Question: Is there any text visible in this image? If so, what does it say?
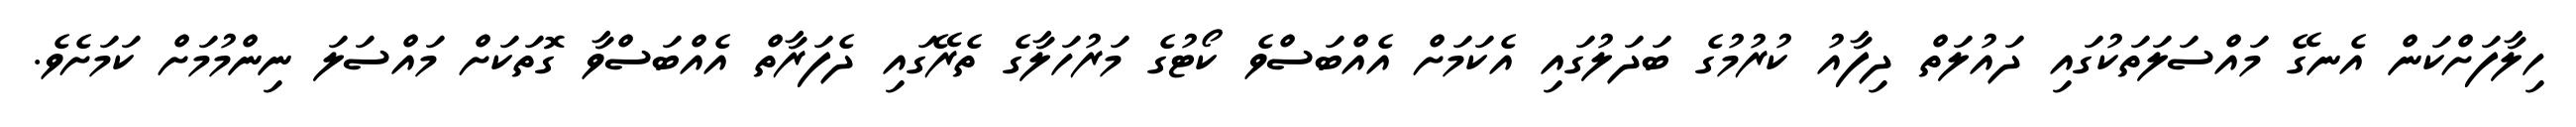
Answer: ހިލާފަށްކަން އެނގޭ މައްސަލަތަކުގައި ދައުލަތް ދިފާއު ކުރުމުގެ ބަދަލުގައި އެކަމަށް އެއްބަސްވެ ކޯޓުގެ މަރުހަލާގެ ތެރޭގައި ދެފަރާތް އެއްބަސްވާ ގޮތަކަށް މައްސަލަ ނިންމުމަށް ކަމަށެވެ.